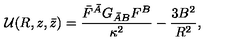
{ \cal U } ( R , z , \bar { z } ) = \frac { \bar { F } ^ { \bar { A } } G _ { \bar { A } B } F ^ { B } } { \kappa ^ { 2 } } - \frac { 3 B ^ { 2 } } { R ^ { 2 } } ,